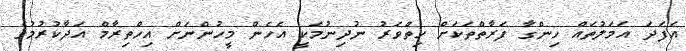
އެފަދަ އަމަލުތައް ހިންގާ ފަރާތްތަކަށް ހިތްވަރު ނުދިނުުމަކީ އެހެން މީހުންނަށް އިހްތިރާމް އަދާކުރުމުގެ